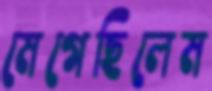
মেগেছিলেম